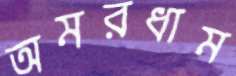
অমরধাম